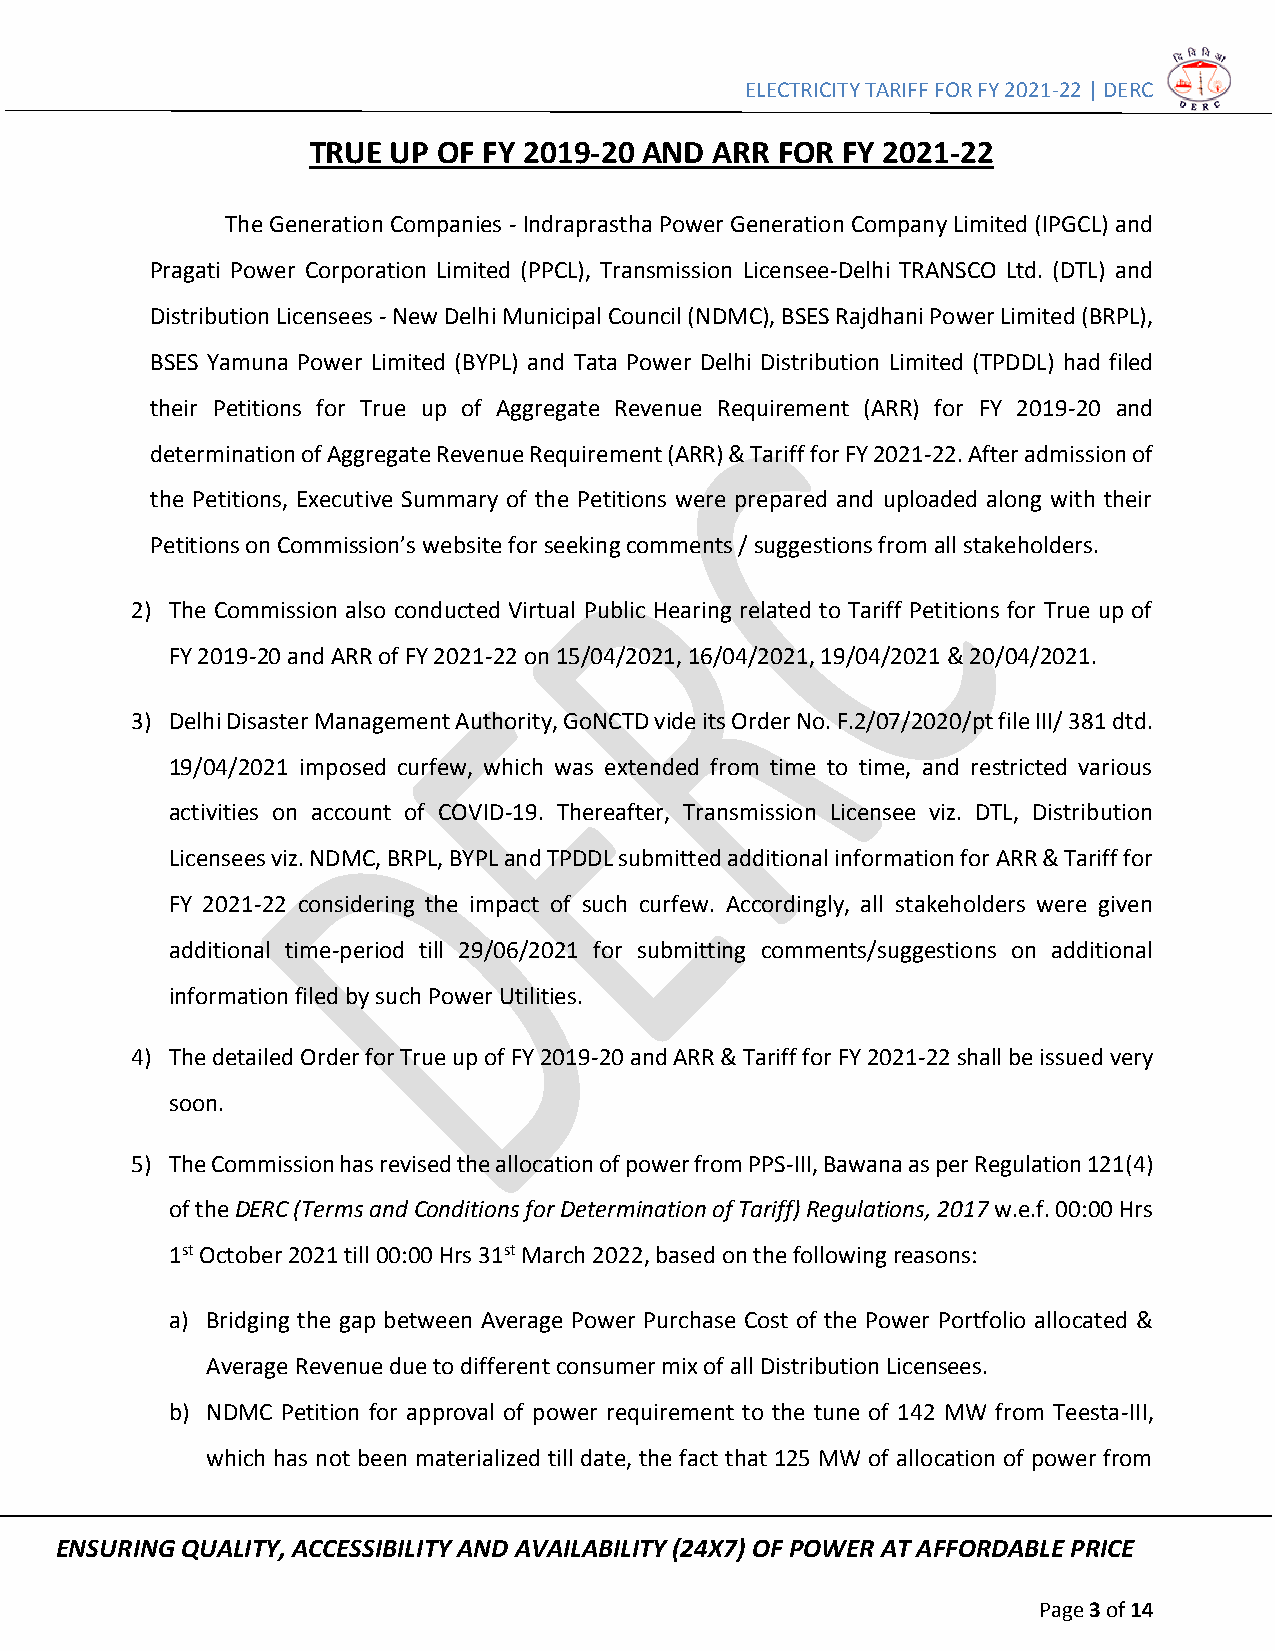
ELECTRICITY TARIFF FOR FY 2021-22 | DERC
 TRUE  UP OF FY 2019-20 AND ARR FOR  FY 2021-22
 The Generation Companies - Indraprastha Power Generation Company Limited (IPGCL) and
 Pragati Power Corporation Limited (PPCL), Transmission Licensee-Delhi TRANSCO Ltd. (DTL) and
 Distribution Licensees - New Delhi Municipal Council (NDMC), BSES Rajdhani Power Limited (BRPL),
 BSES Yamuna Power Limited (BYPL) and Tata Power Delhi Distribution Limited (TPDDL) had filed
 their Petitions for True up of Aggregate Revenue Requirement (ARR) for FY 2019-20 and
 determination of Aggregate Revenue Requirement (ARR) & Tariff for FY 2021-22. After admission of
 the Petitions, Executive Summary of the Petitions were prepared and uploaded along with their
 Petitions on Commission’s website for seeking comments / suggestions from all stakeholders.
 2) The Commission also conducted Virtual Public Hearing related to Tariff Petitions for True up of
 FY 2019-20 and ARR of FY 2021-22 on 15/04/2021, 16/04/2021, 19/04/2021 & 20/04/2021.
 3) Delhi Disaster Management Authority, GoNCTD vide its Order No. F.2/07/2020/pt file III/ 381 dtd.
 19/04/2021 imposed curfew, which was extended from time to time, and restricted various
 activities on account of COVID-19. Thereafter, Transmission Licensee viz. DTL, Distribution
 Licensees viz. NDMC, BRPL, BYPL and TPDDL submitted additional information for ARR & Tariff for
 FY 2021-22 considering the impact of such curfew. Accordingly, all stakeholders were given
 additional time-period till 29/06/2021 for submitting comments/suggestions on additional
 information filed by such Power Utilities.
 4) The detailed Order for True up of FY 2019-20 and ARR & Tariff for FY 2021-22 shall be issued very
 soon.
 5) The Commission has revised the allocation of power from PPS-III, Bawana as per Regulation 121(4)
 of the DERC (Terms and Conditions for Determination of Tariff) Regulations, 2017 w.e.f. 00:00 Hrs
 1st October 2021 till 00:00 Hrs 31st March 2022, based on the following reasons:
 a) Bridging the gap between Average Power Purchase Cost of the Power Portfolio allocated &
 Average Revenue due to different consumer mix of all Distribution Licensees.
 b) NDMC Petition for approval of power requirement to the tune of 142 MW from Teesta-III,
 which has not been materialized till date, the fact that 125 MW of allocation of power from
 ENSURING QUALITY, ACCESSIBILITY AND AVAILABILITY (24X7) OF POWER AT AFFORDABLE PRICE
 Page 3 of 14